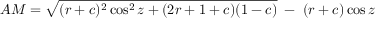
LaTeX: A M = { \sqrt { ( r + c ) ^ { 2 } \cos ^ { 2 } z + ( 2 r + 1 + c ) ( 1 - c ) } } \; - \; ( r + c ) \cos z